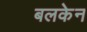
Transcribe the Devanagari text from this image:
बलकेन